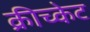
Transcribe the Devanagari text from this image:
क्रीच्केट